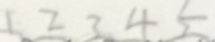
1 2 3 4 5